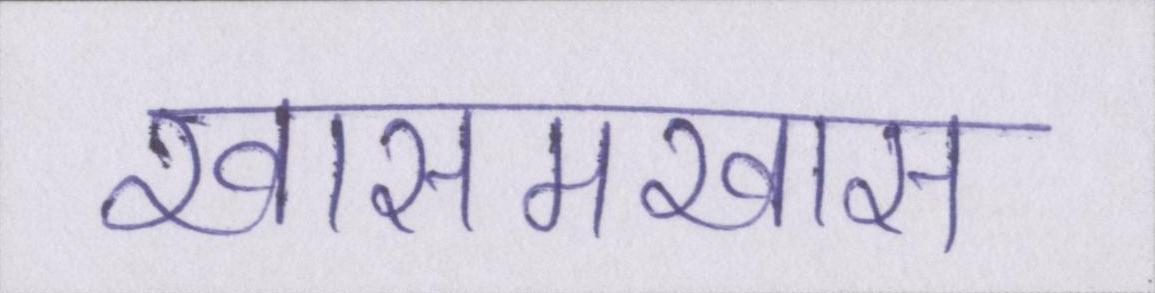
खासमखास